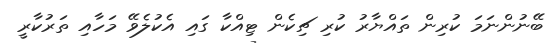
ބޭނުންނަމަ ކުރިން ތައްޔާރު ކުރި ޗިކެން ޓިއްކާ ގައި އެކުލެވޭ މަހާއި ތަރުކާރީ